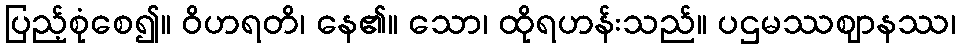
ပြည့်စုံစေ၍။ ဝိဟရတိ၊ နေ၏။ သော၊ ထိုရဟန်းသည်။ ပဌမဿဈာနဿ၊